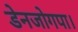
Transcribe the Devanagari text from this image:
डेनजोगपा।